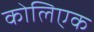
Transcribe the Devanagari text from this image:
कोलिएक